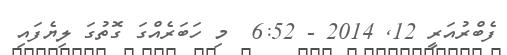
ފެބްރުއަރީ 12